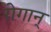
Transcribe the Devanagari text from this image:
रोगान्